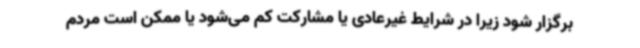
برگزار شود زیرا در شرایط غیرعادی یا مشارکت کم می‌شود یا ممکن است مردم